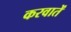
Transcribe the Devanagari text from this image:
करवातें